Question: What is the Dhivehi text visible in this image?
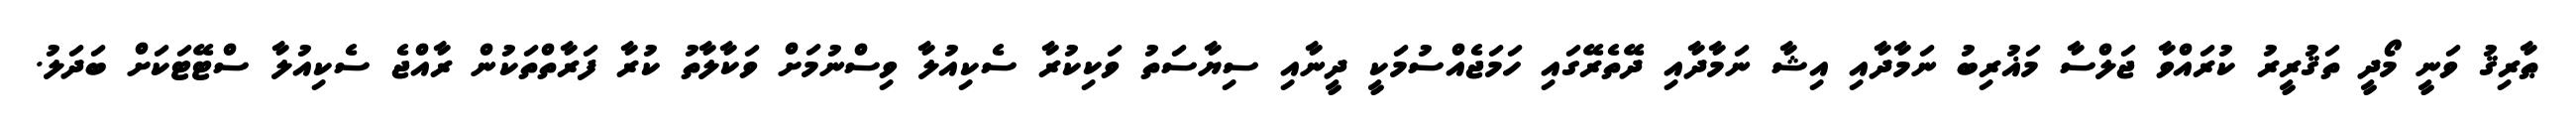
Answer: ޠާރިޤު ވަނީ މޯދީ ތަޤުރީރު ކުރައްވާ ޖަލްސާ މަޣުރިބު ނަމާދާއި އިޝާ ނަމާދާއި ދޭތެރޭގައި ހަމަޖެއްސުމަކީ ދީނާއި ސިޔާސަތު ވަކިކުރާ ސެކިއުލާ ވިސްނުމަށް ވަކާލާތު ކުރާ ފަރާތްތަކުން ރާއްޖެ ސެކިއުލާ ސްޓޭޓަކަށް ބަދަލު.